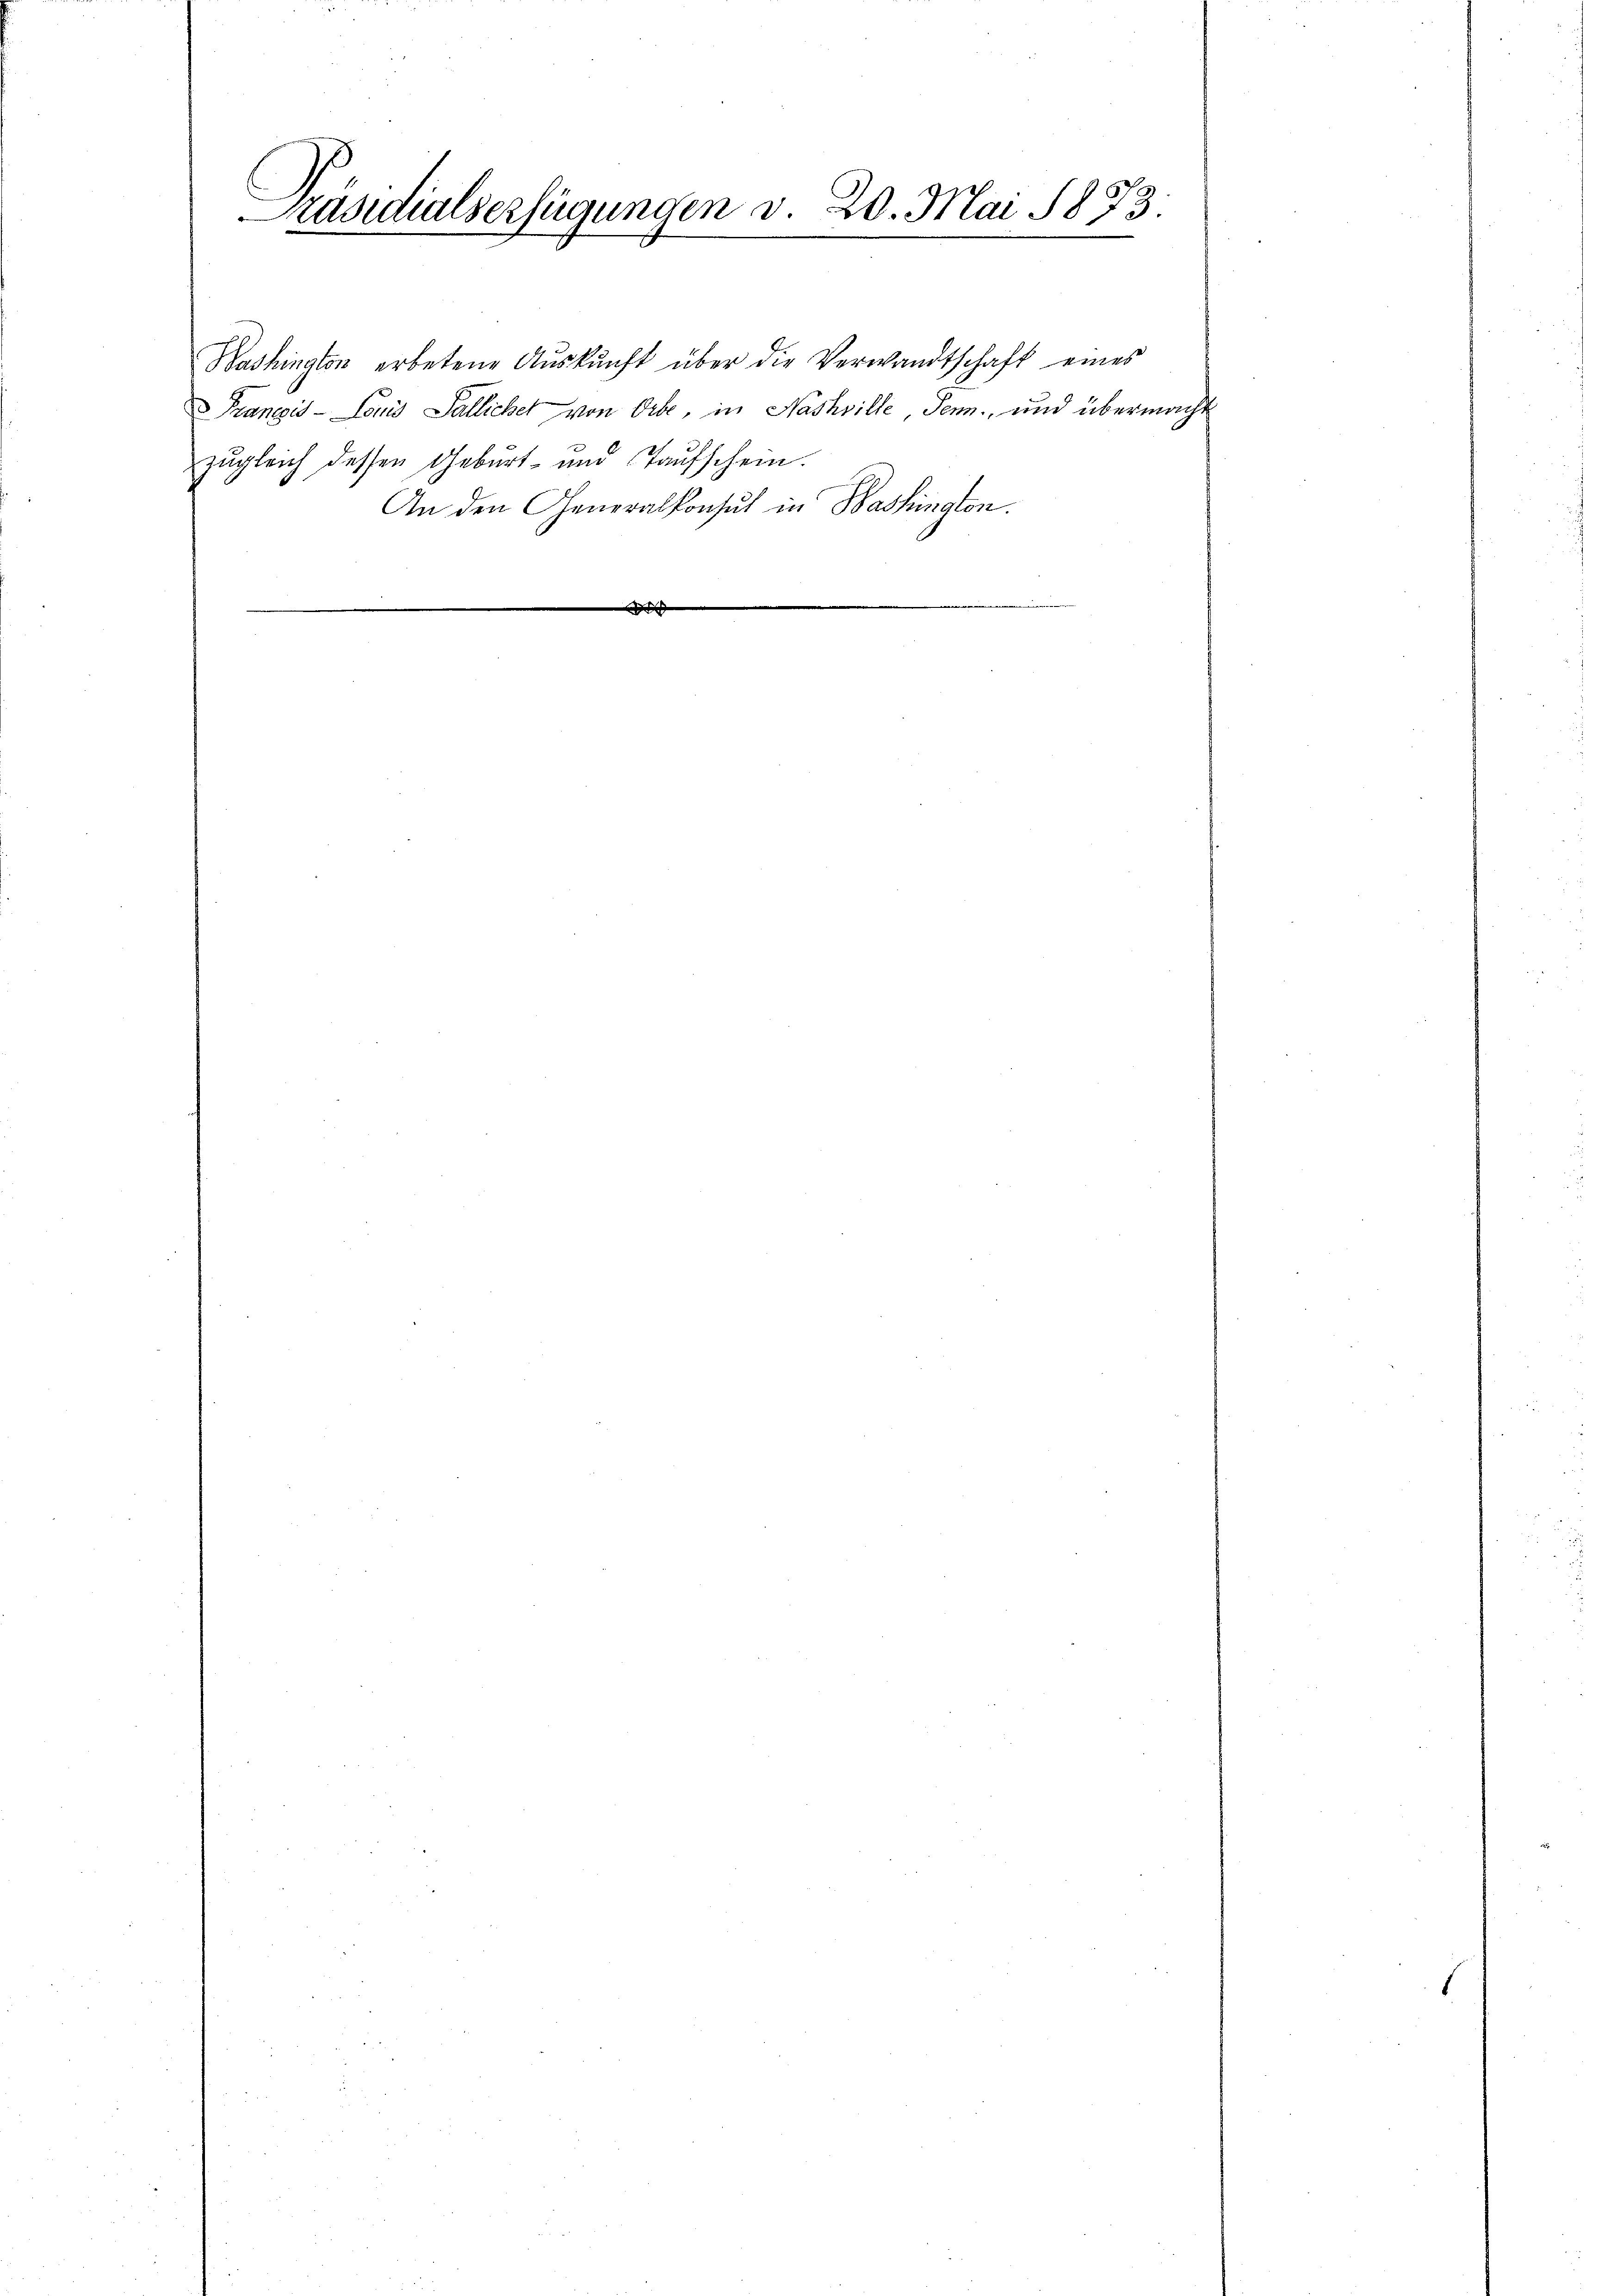
Präsidialserfügungen v. 20. Mai 1873.
d

Washington erbetene Aŭskŭnft über die Verwandtschaft eines
Franzis - Louis Fallichel von Orte, in Nashville, Senn, und übermacht
zugleich dessen Geburt- und Taufschein.
An den Generalkonsul in Baskington.

1